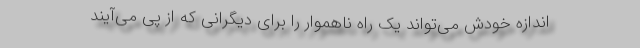
اندازه خودش می‌تواند یک راه ناهموار را برای دیگرانی که از پی می‌آیند